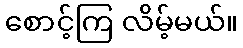
စောင့်ကြ လိမ့်မယ်။